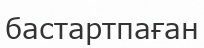
бастартпаған